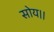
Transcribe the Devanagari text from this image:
सोय।।